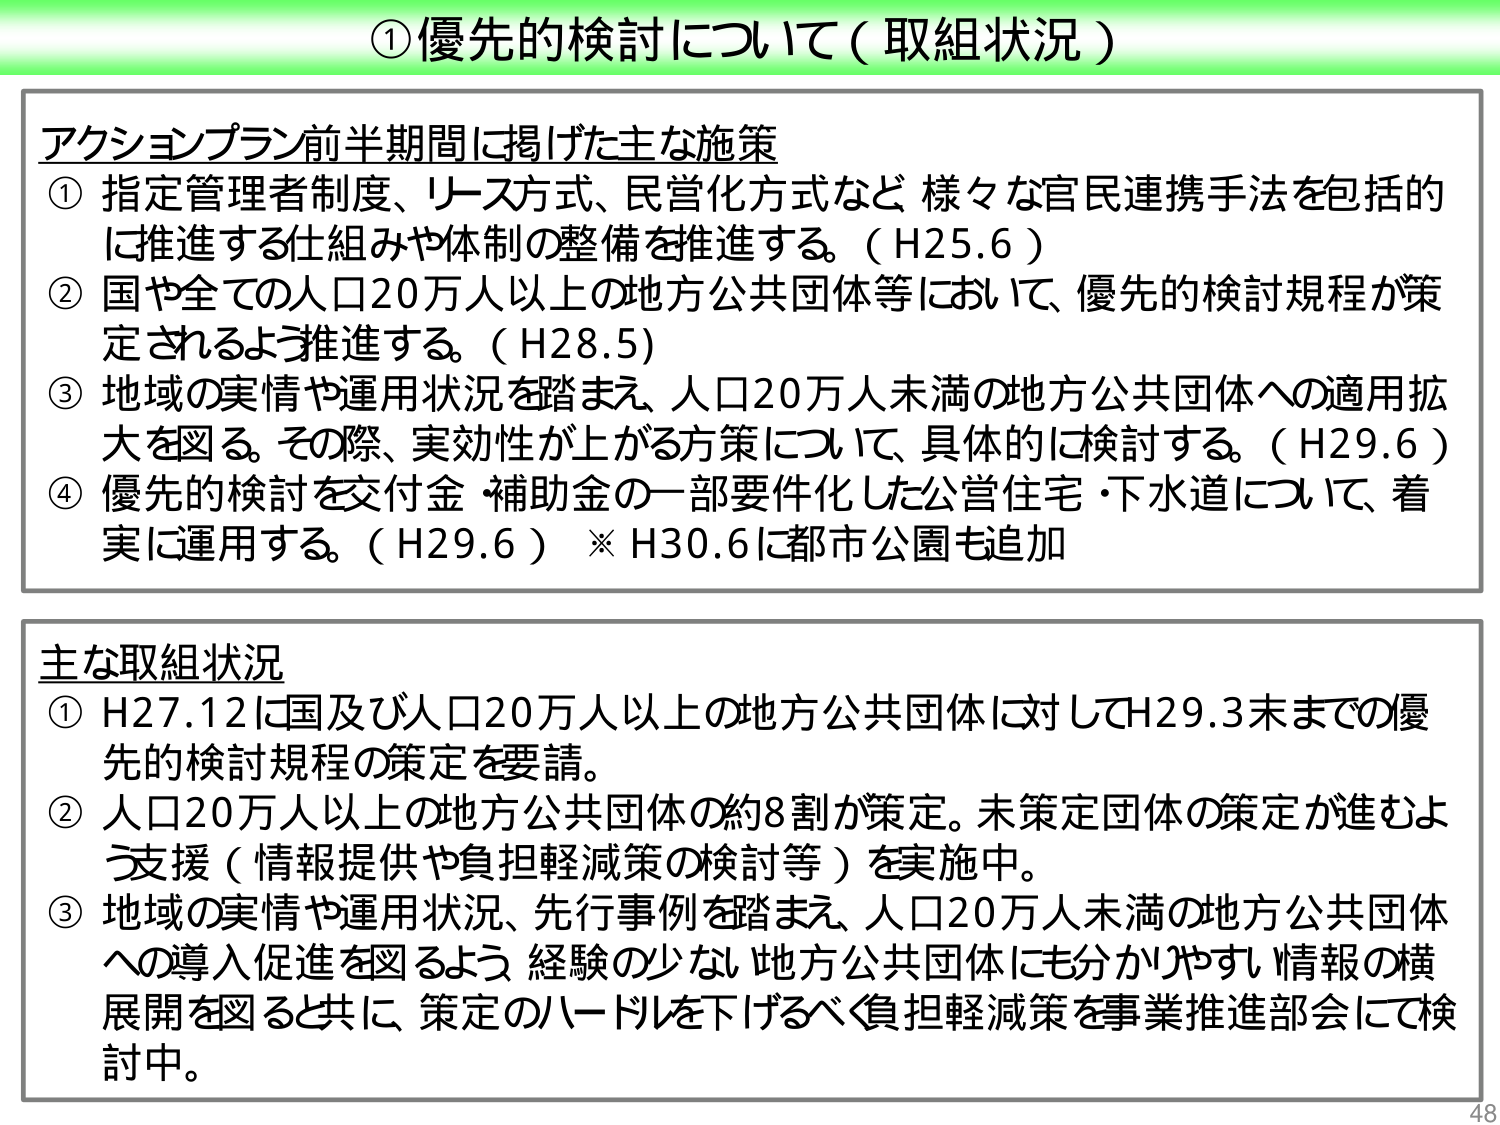
①優先的検討について（取組状況）

アクションプラン前半期間に掲げた主な施策
① 指定管理者制度、リース方式、民営化方式など 様々な官民連携手法を包括的に推進する仕組みや体制の整備を推進する。（H25.6）
② 国や全ての人口20万人以上的地方公共団体等において、優先的検討規程が策定されるよう推進する。（H28.5）
③ 地域の実情や運用状況を踏まえ、人口20万人未満の地方公共団体への適用拡大を図る。その際、実効性が上がる方策について、具体的に検討する。（H29.6）
④ 優先的検討を交付金・補助金の一部要件化した公営住宅・下水道について、着実に運用する。（H29.6）※H30.6に都市公園も追加

主な取組状況
① H27.12に国及び人口20万人以上的地方公共団体に対してH29.3末までの優先的検討規程の策定を要請。
② 人口20万人以上的地方公共団体の約8割が策定。未策定団体の策定が進むよう支援（情報提供や負担軽減策の検討等）を実施中。
③ 地域の実情や運用状況、先行事例を踏まえ、人口20万人未満の地方公共団体への導入促進を図るよう、経験の少ない地方公共団体にも分かりやすい情報の横展開を図ると共に、策定のハードルを下げるべく負担軽減策を事業推進部会にて検討中。

48